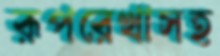
রূপরেখাসহ